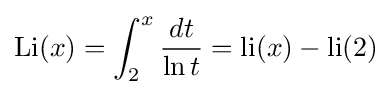
\operatorname {Li} (x)=\int _{2}^{x}{\frac {dt}{\ln t}}=\operatorname {li} (x)-\operatorname {li} (2)